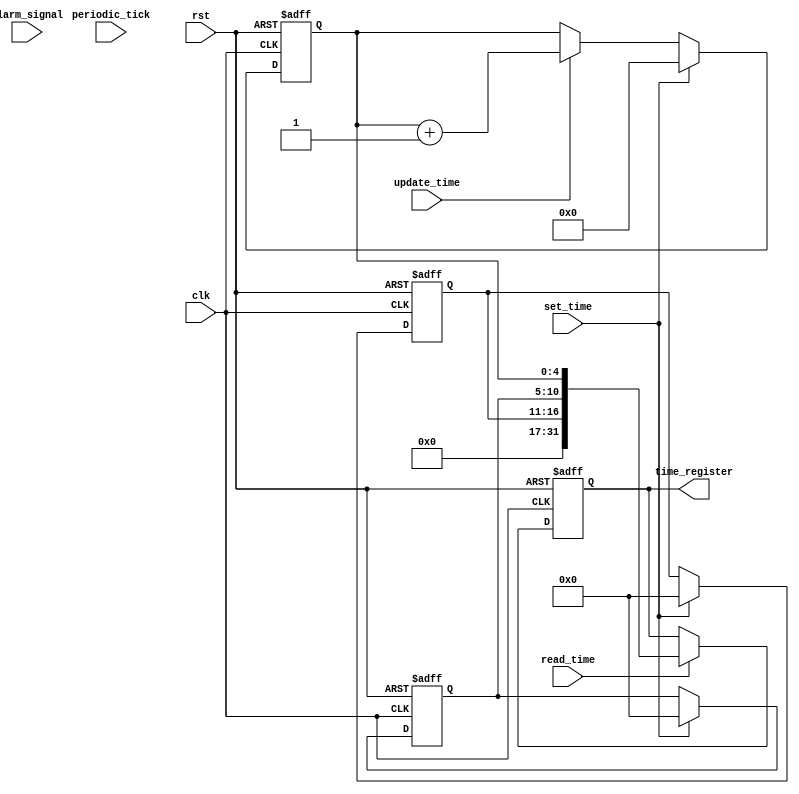
module RTC_timing_control_sync (
    input wire clk, //System clock
    input wire rst, //Reset signal
    input wire set_time, //Control signal for setting the time
    input wire update_time, //Control signal for updating the time
    input wire read_time, //Control signal for reading the time
    input wire alarm_signal, //Signal for alarm event
    input wire periodic_tick, //Signal for periodic clock ticks

    output reg [31:0] time_register //RTC register to store current time and date
);

reg [4:0] seconds;
reg [5:0] minutes;
reg [5:0] hours;

always @(posedge clk or posedge rst) begin
    if (rst) begin
        seconds <= 0;
        minutes <= 0;
        hours <= 0;
    end else begin
        if (set_time) begin
            seconds <= 5'b00000; //Set default values for time
            minutes <= 6'b000000;
            hours <= 6'b000000;
        end else if (update_time) begin
            seconds <= seconds + 1; //Increment seconds
            if (seconds == 60) begin
                seconds <= 0;
                minutes <= minutes + 1; //Increment minutes
                if (minutes == 60) begin
                    minutes <= 0;
                    hours <= hours + 1; //Increment hours
                    if (hours == 24) begin
                        hours <= 0; //Reset hours at 24
                    end
                end
            end
        end
    end
end

always @(posedge clk or posedge rst) begin
    if (rst) begin
        time_register <= 0; //Initialize time_register
    end else begin
        if (read_time) begin
            time_register <= {hours, minutes, seconds}; //Combine hours, minutes, seconds into time_register
        end
    end
end

always @(posedge clk or posedge rst) begin
    if (rst) begin
        //Logic for generating interrupts based on alarm_signal and periodic_tick
    end
end

//Interface with external clock sources and ensure accurate timekeeping logic

endmodule